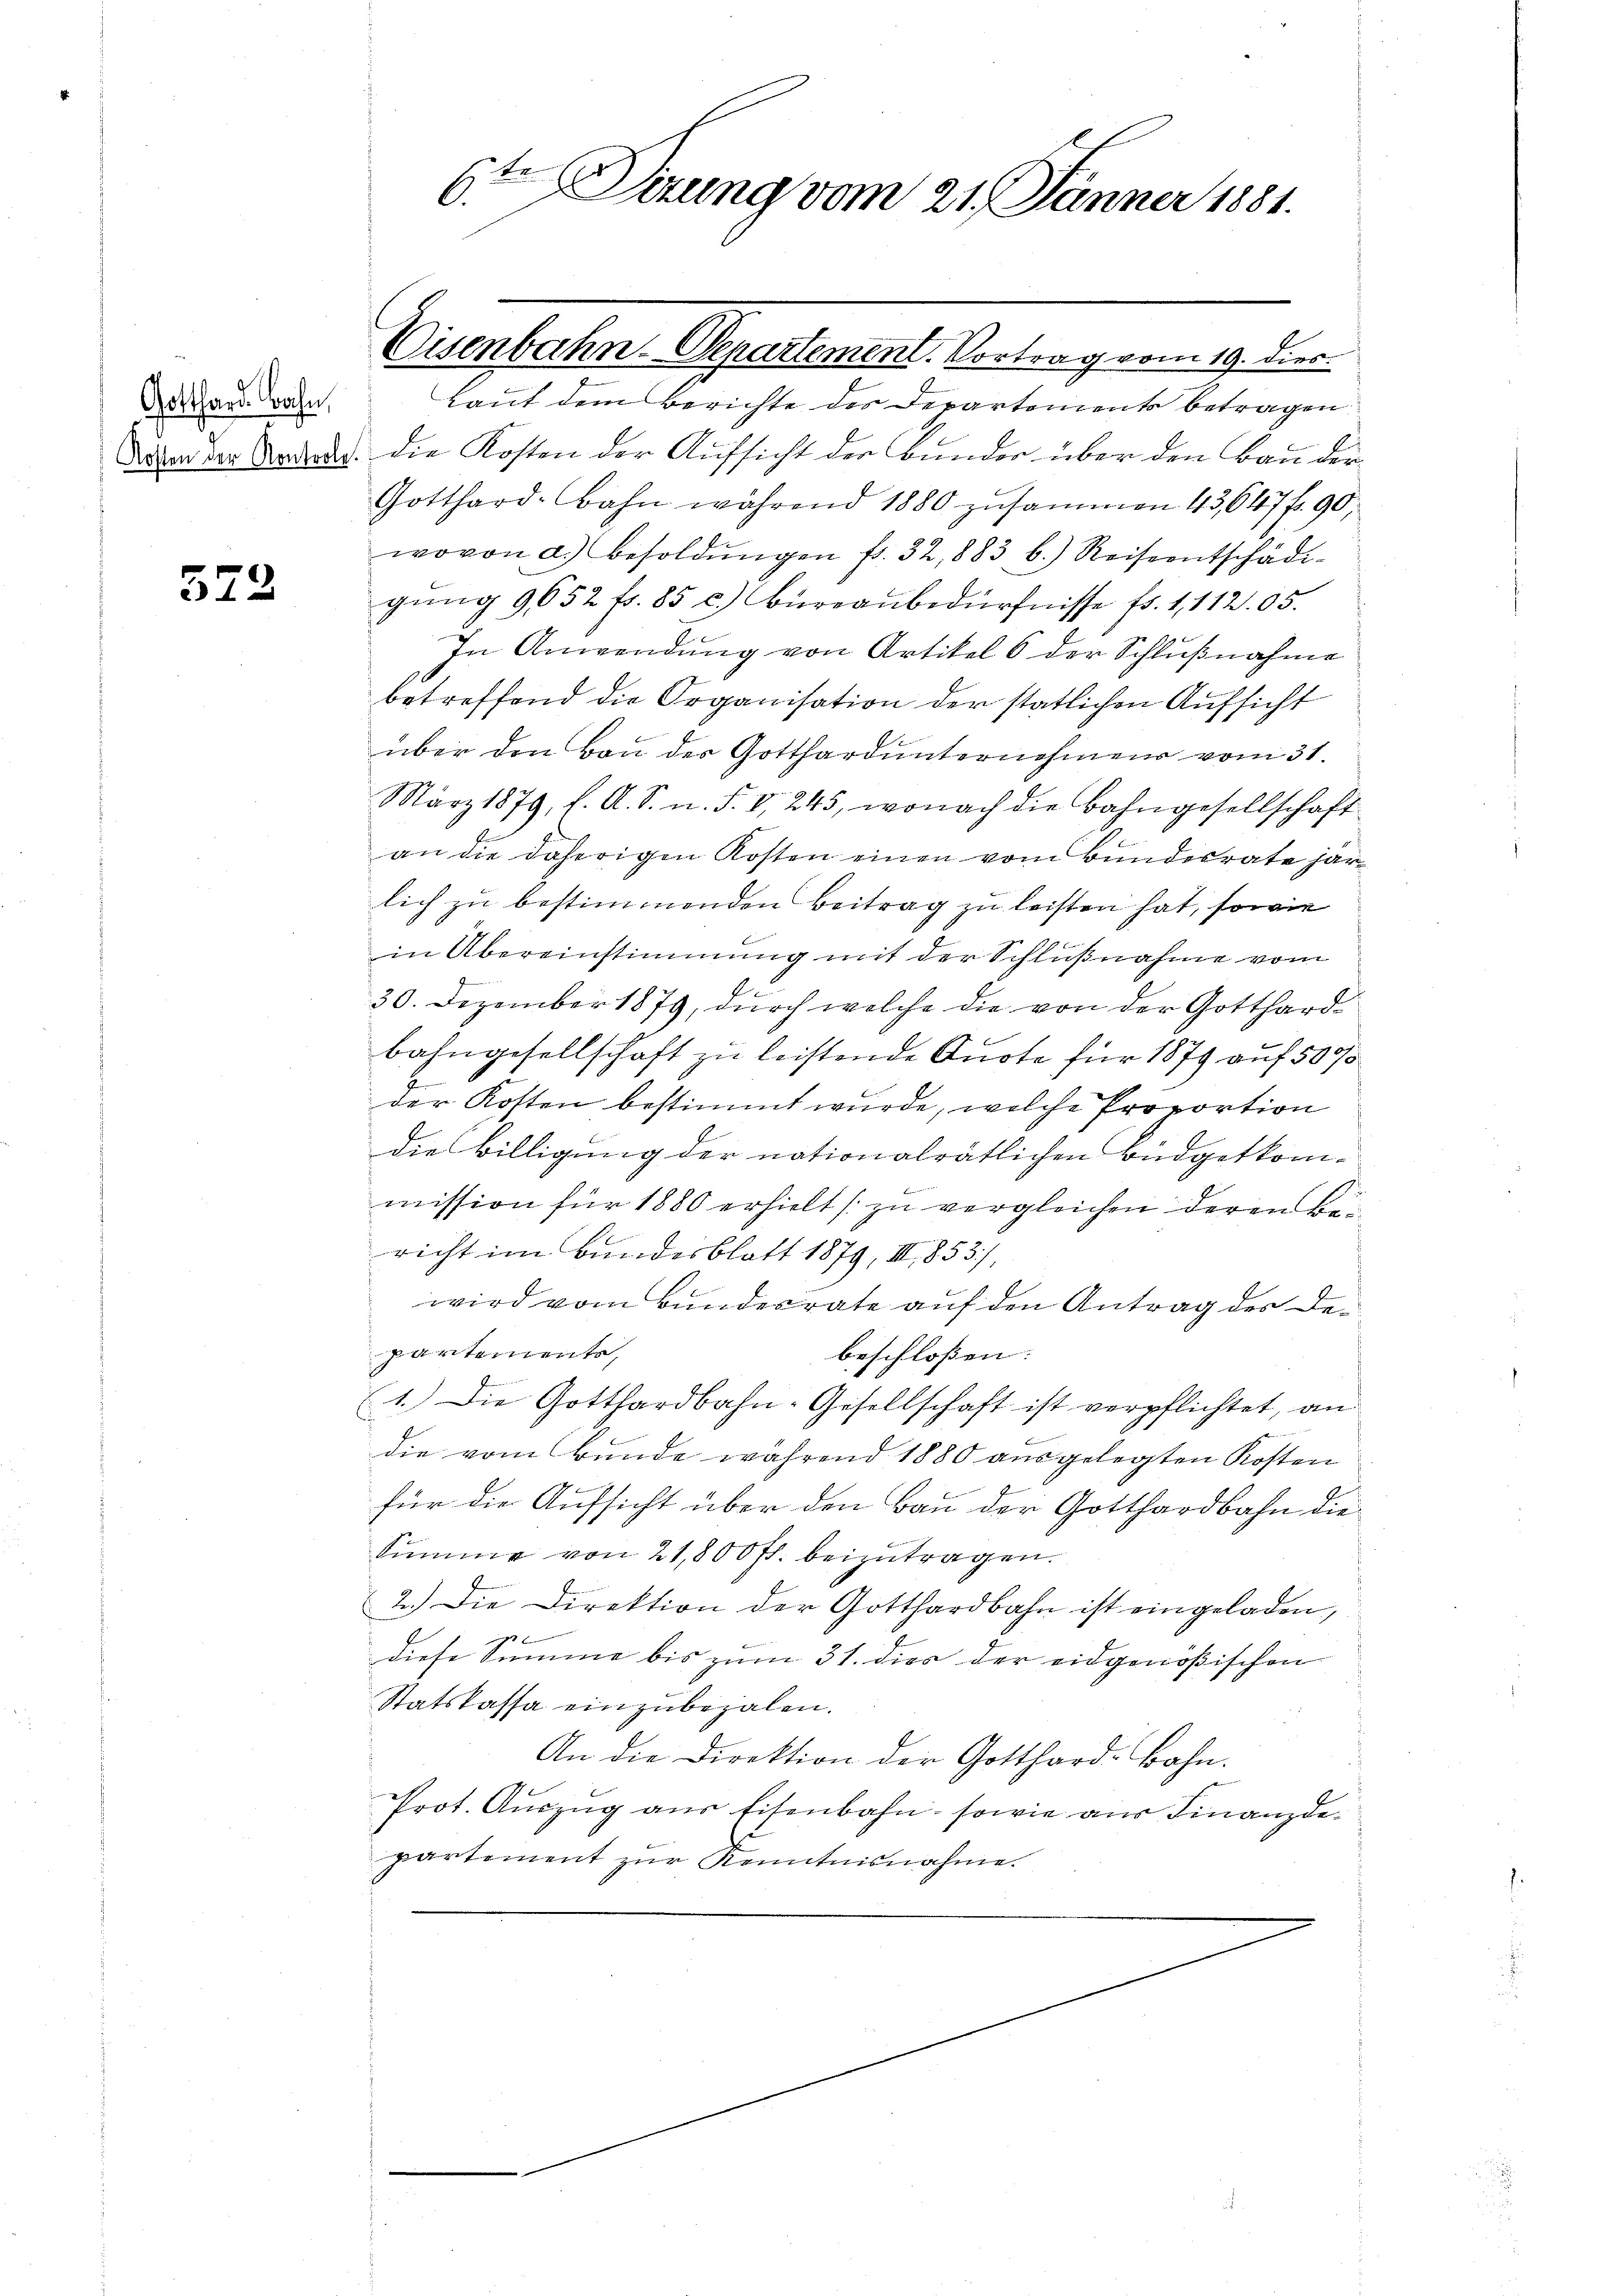
Gotthard. Bahn,

572

6ten Sitzung vom 21. Jänner 1881.

Laut dem Berichte des Departements betragen
Wem der Orden. Die Kosten der Aufsicht der Bunder über den Bau der
Gotthard-Bahn während 1880 zusammen 43647 f. 90,
wovon d.) Besoldŭngen fr. 32, 883 b.) Reiseentschädi-
gung 9652 f. 85 c.) Büreaubedürfnisse f. 1, 112. 65.
In Anwendung von Artikel 6 der Schlußnahme
betreffend die Organisation der statlichen Aufsicht
über den Bau der Gotthard unternehmens vom 31.
März 1879, f. A. S. n. F. V 245, wonach die Bahngesellschaft
an die daherigen Kosten einen vom Bunderrate jarlich zu bestimmenden Beitrag zu leisten hat, sowie
in Übereinstimmung mit der Schlußnahme vom
30. Dezember 1879, durch welche die von der Gotthardbahngesellschaft zu leistende Suote für 1879 auf 50%
b
der Kosten bestimmt wurde, welche Proportion
die Billigung der nationalrätlichen Büdgetkom-
mission für 1880 erhielt (zu vergleichen deren Bericht im Bundesblatt 1879, III 853),
wird vom Bundesrate auf den Antrag des Departemente,
beschlossen: |
1.) Die Gotthardbahn-Gesellschaft ist verpflichtet, an
die vom Bunde während 1880 ausgelegten Kosten
für die Aufsicht über den Bau der Gotthardbahn die
Summe von 21,800 fl. beizutragen.
2.) Die Direktion der Gotthardbahn ist eingeladen,
pe
diese Summe bis zum 31. dies der eidgenößischen
Statskassa einzubezalen.
An die Direktion der Gotthard-Bahn.
Prot. Auszug aus Eisenbahn, sowie aus Finanzdepartement zur Kenntnisnahme.

Eisenbahn-Departement. Vortrag vom 19. dies